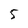
Character: 5